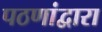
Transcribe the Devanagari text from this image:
पठणांद्वारा